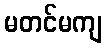
မတင်မကျ